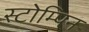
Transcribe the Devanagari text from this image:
स्टोम्पिन